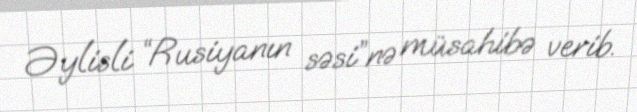
Əylisli “Rusiyanın səsi”nə müsahibə verib.